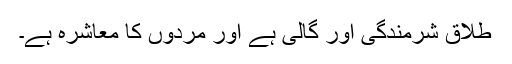
طلاق شرمندگی اور گالی ہے اور مردوں کا معاشرہ ہے۔